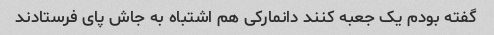
گفته بودم یک جعبه کنند دانمارکی هم اشتباه به جاش پای فرستادند